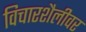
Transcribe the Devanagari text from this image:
विचारशैलीवर